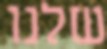
שלנו